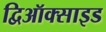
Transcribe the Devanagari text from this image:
द्विऑक्साइड